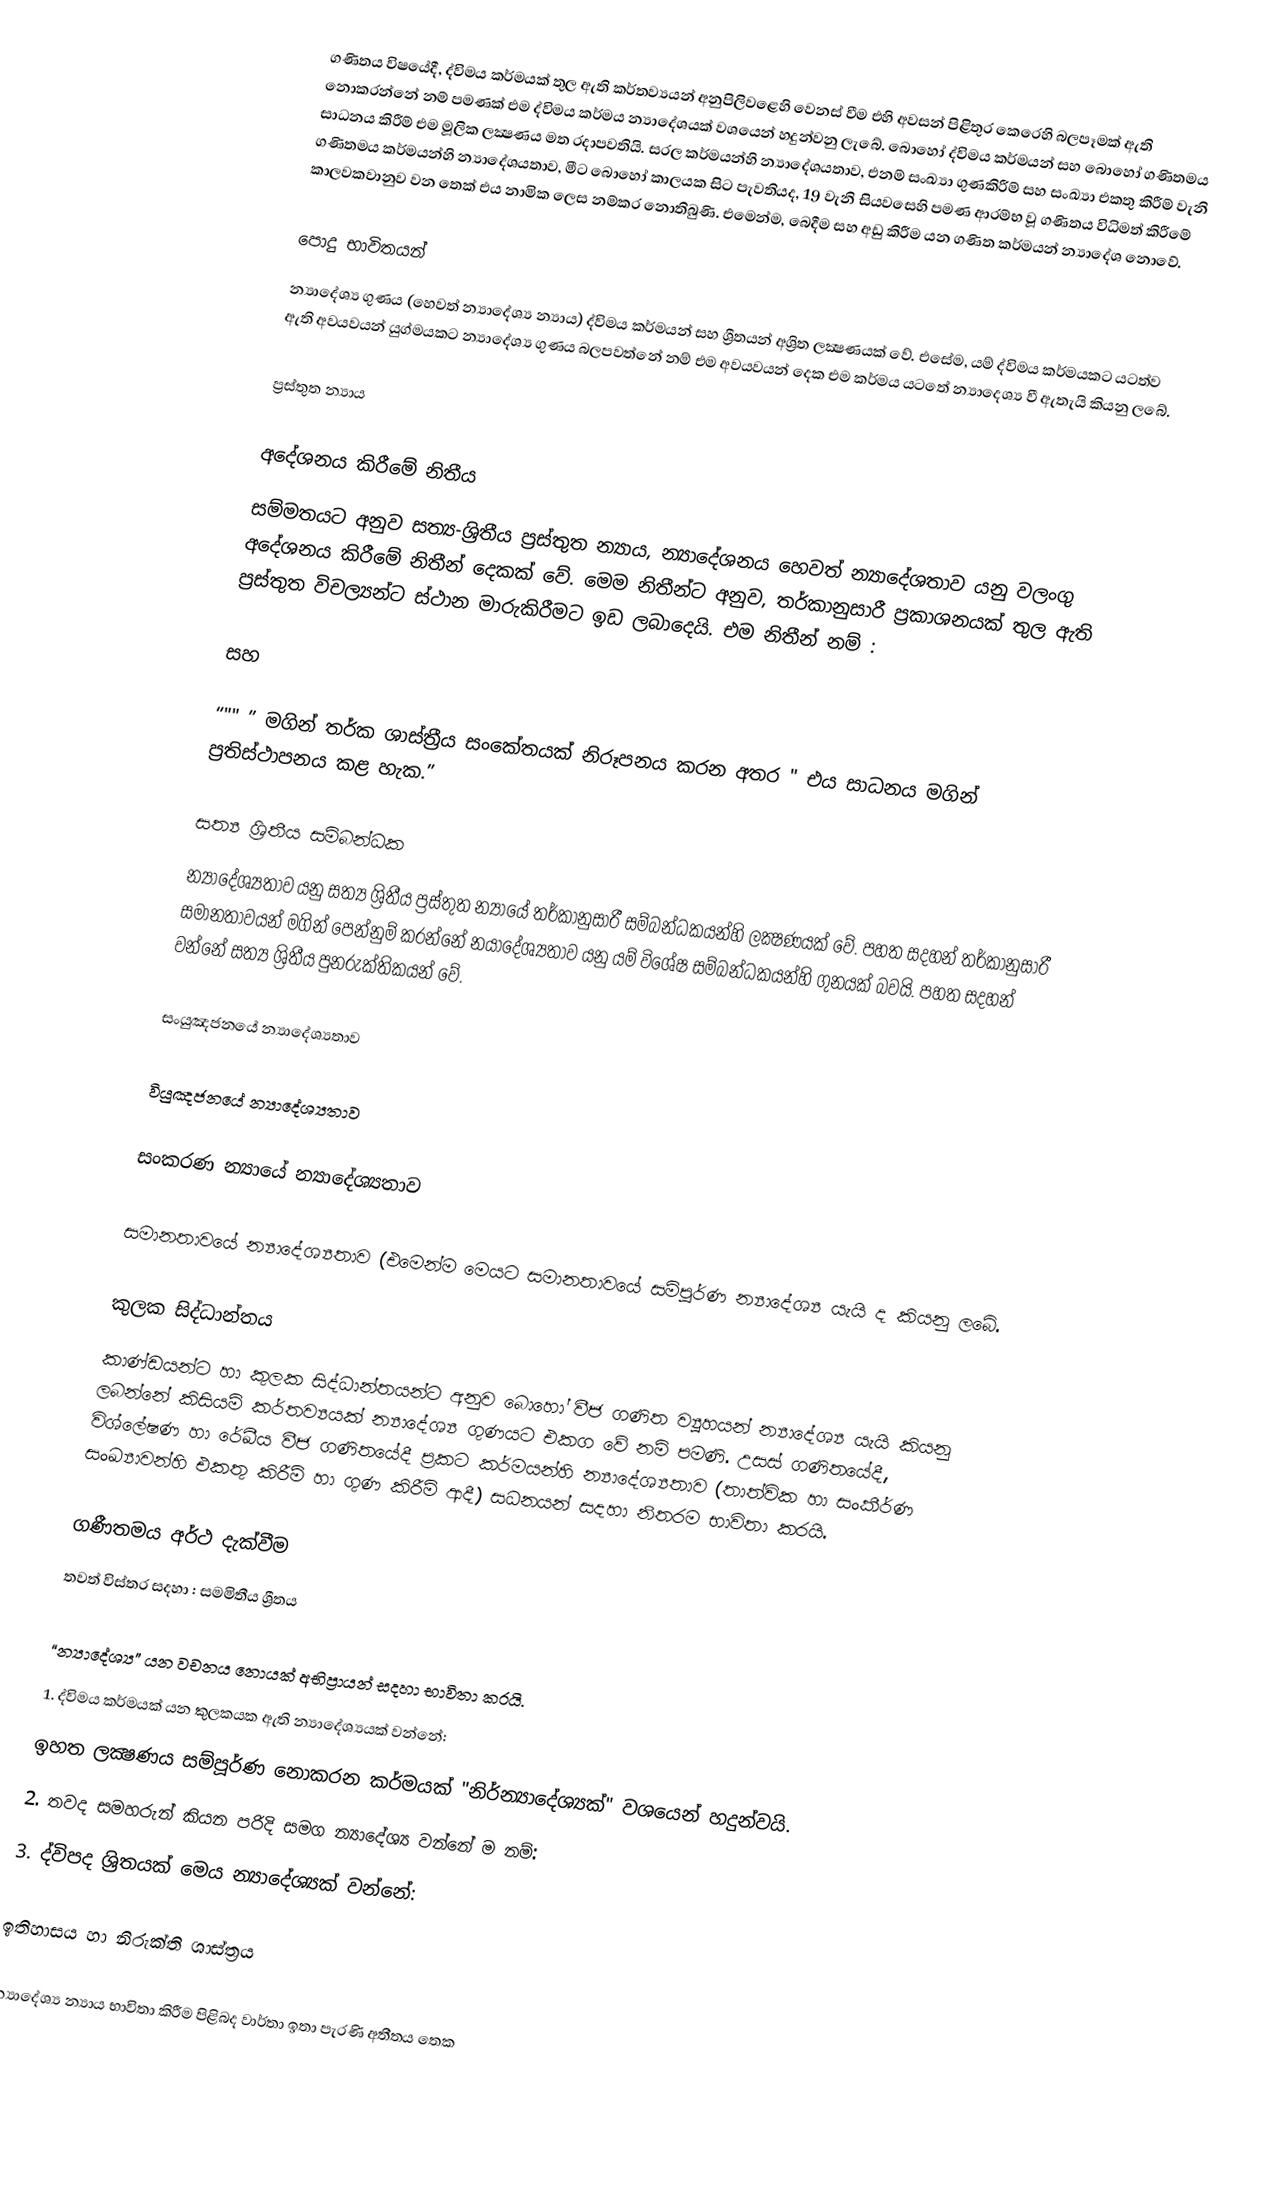
ගණිතය විෂයේදී, ද්විමය කර්මයක් තුල ඇති කර්තව්‍යයන් අනුපිලිවළෙහි වෙනස් වීම එහි අවසන් පිළිතුර කෙරෙහි බලපෑමක් ඇති නොකරන්නේ නම් පමණක් එම ද්විමය කර්මය න්‍යාදේශයක් වශයෙන් හදුන්වනු ලැබේ. බොහෝ ද්විමය කර්මයන් සහ බොහෝ ගණිතමය සාධනය කිරීම් එම මූලික ලක්‍ෂණය මත රදාපවතියි. සරල කර්මයන්හි න්‍යාදේශ‍‍ය‍තාව, එනම් සංඛ්‍යා ගුණකිරීම් සහ සංඛ්‍යා එකතු කිරීම් වැනි ගණිතමය කර්මයන්හි න්‍යාදේශ‍‍ය‍තාව, මීට බොහෝ කාලයක සිට පැවතියද, 19 වැනි සියවසෙහි පමණ ආරම්භ වූ ගණිතය විධිමත් කිරීමේ කාලවකවානුව වන තෙක් එය නාමික ලෙස නම්කර නොතිබුණි. එමෙන්ම, බෙදීම සහ අඩු කිරීම යන ගණිත කර්මයන් න්‍යාදේශ නොවේ.

පොදු භාවිතයන්
න්‍යාදේශ්‍ය ගුණය (හෙවත් න්‍යාදේශ්‍ය න්‍යාය) ද්විමය කර්මයන් සහ ශ්‍රීතයන් අශ්‍රිත ලක්‍ෂණයක් වේ. එසේම, යම් ද්විමය කර්මයකට යටත්ව ඇති අවයවයන් යුග්මයකට න්‍යාදේශ්‍ය ගුණය බලපවත්නේ නම් එම අවයවයන් දෙක එම කර්මය යටතේ න්‍යාදෙශ්‍ය වී ඇතැයි කියනු ලබේ.

ප්‍රස්තුත න්‍යාය

අදේශනය කිරීමේ නිතීය
සම්මතයට අනුව සත්‍ය-ශ්‍රිතීය ප්‍රස්තුත න්‍යාය, න්‍යාදේශනය හෙවත් න්‍යාදේශතාව යනු වලංගු අදේශනය කිරීමේ නිතීන් දෙකක් වේ. මෙම නිතීන්ට අනුව, තර්කානුසාරී ප්‍රකාශනයක් තුල ඇති ප්‍රස්තුත විචල්‍යන්ට ස්ථාන මාරුකිරීමට ඉඩ ලබාදෙයි. එම නිතීන් නම් :

සහ

“"" ” මගින් තර්ක ශාස්ත්‍රීය සංකේතයක් නිරූපනය කරන අතර " එය සාධනය මගින් ප්‍රතිස්ථාපනය කළ හැක.”

සත්‍ය ශ්‍රිතීය සම්බන්ධක
න්‍යාදේශ්‍යතාව යනු සත්‍ය ශ්‍රිතීය ප්‍රස්තුත න්‍යායේ තර්කානුසාරී සම්බන්ධකයන්හි ලක්‍ෂණයක් වේ. පහත සදහන් තර්කානුසාරී සමානතාවයන් මගින් පෙන්නුම් කරන්නේ නයාදේශ්‍යතාව යනු යම් විශේෂ සම්බන්ධකයන්හි ගුනයක් බවයි. පහත සදහන් වන්නේ සත්‍ය ශ්‍රිතීය පුනරුක්තිකයන්‍ වේ.

සංයුඤජනයේ න්‍යාදේශ්‍යතාව

වියුඤජනයේ න්‍යාදේශ්‍යතාව

සංකරණ න්‍යායේ න්‍යාදේශ්‍යතාව

සමානතාවයේ න්‍යාදේශ්‍යතාව (එමෙන්ම මෙයට සමානතාවයේ සම්පූර්ණ න්‍යාදේශ්‍ය යැයි ද කියනු ලබේ.

කුලක සිද්ධාන්තය
කාණ්ඩයන්ට හා කුලක සිද්ධාන්තයන්ට අනුව බොහෝ වීජ ගණිත ව්‍යූහයන් න්‍යාදේශ්‍ය යැයි කියනු ලබන්නේ කිසියම් කර්තව්‍යයක් න්‍යාදේශ්‍ය ගුණයට එකග වේ නම් පමණි. උසස් ගණිතයේදී, විශ්ලේෂණ හා රේඛීය වීජ ගණිතයේදී ප්‍රකට කර්මයන්හි න්‍යාදේශ්‍යතාව (තාත්වික හා සංකීර්ණ සංඛ්‍යාවන්හි එකතු කිරීම් හා ගුණ කිරීම් ආදී) සධනයන් සදහා නිතරම භාවිතා කරයි.

ගණීතමය අර්ථ දැක්වීම
තවත් විස්තර සදහා : සමමිතීය ශ්‍රීතය

“න්‍යාදේශ්‍ය” යන වචනය නොයක් අභිප්‍රායන් සදහා භාවිතා කරයි.
1.	ද්විමය කර්මයක් යන කුලකයක ඇති න්‍යාදේශ්‍යයක් වන්නේ:
ඉහත ලක්‍ෂණය සම්පූර්ණ නොකරන කර්මයක් "නිර්න්‍යාදේශ්‍යක්" වශයෙන් හදුන්වයි.
2.	තවද සමහරුන් කියන පරිදි සමග න්‍යාදේශ්‍ය වන්නේ ම නම්:
3.	ද්විපද ශ්‍රිතයක් මෙය න්‍යාදේශ්‍යක් වන්නේ:

ඉතිහාසය හා නිරුක්ති ශාස්ත්‍රය

න්‍යාදේශ්‍ය න්‍යාය භාවිතා කිරීම පිළිබද වාර්තා ඉතා පැරණි අතීතය තෙක